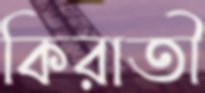
কিরাতী